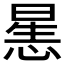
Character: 𰑶